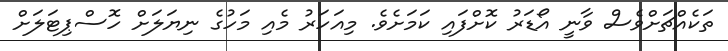
ތަކެއްޗަށްވެސް ވާނީ އޯޑަރު ކޮށްފައި ކަމަށެވެ. މިއަހަރު މެއި މަހުގެ ނިޔަލަށް ހޮސްޕިޓަލަށް